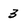
Character: 3